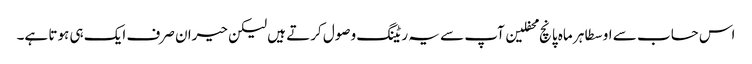
اس حساب سے اوسطا ہر ماہ پانچ محفلین آپ سے یہ ریٹنگ وصول کرتے ہیں لیکن حیران صرف ایک ہی ہوتا ہے۔